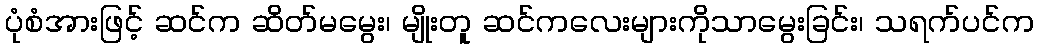
ပုံစံအားဖြင့် ဆင်က ဆိတ်မမွေး၊ မျိုးတူ ဆင်ကလေးများကိုသာမွေးခြင်း၊ သရက်ပင်က